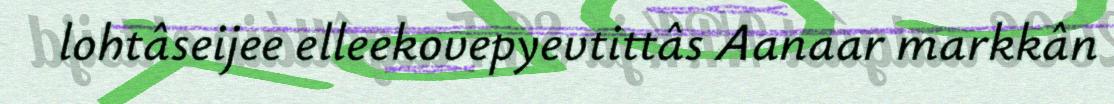
lohtâseijee elleekovepyevtittâs Aanaar markkân